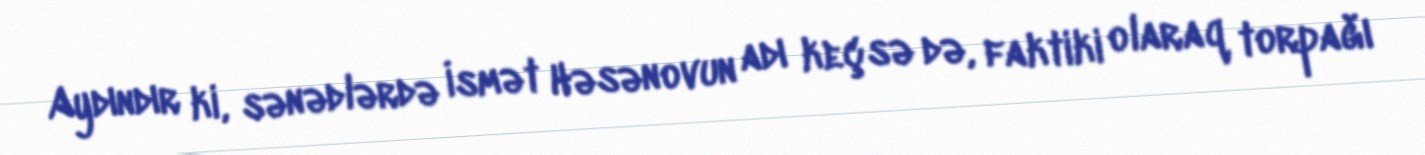
Aydındır ki, sənədlərdə İsmət Həsənovun adı keçsə də, faktiki olaraq torpağı